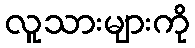
လူသားများကို